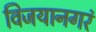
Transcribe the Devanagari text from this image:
विजयानगरं